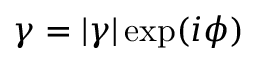
\gamma = | \gamma | \exp ( i \phi )